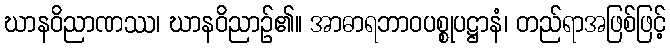
ဃာနဝိညာဏဿ၊ ဃာနဝိညာဉ်၏။ အာဓာရဘာဝပစ္စုပဋ္ဌာနံ၊ တည်ရာအဖြစ်ဖြင့်